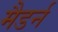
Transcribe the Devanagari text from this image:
मैडर्न